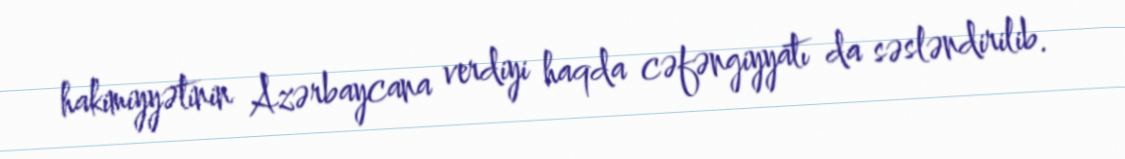
hakimiyyətinin Azərbaycana verdiyi haqda cəfəngiyyatı da səsləndirilib.